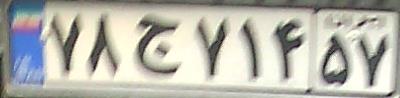
۷۸ج۷۱۴۵۷